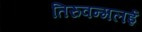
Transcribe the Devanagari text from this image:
तिरुवन्मलई